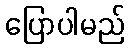
ပြောပါမည်